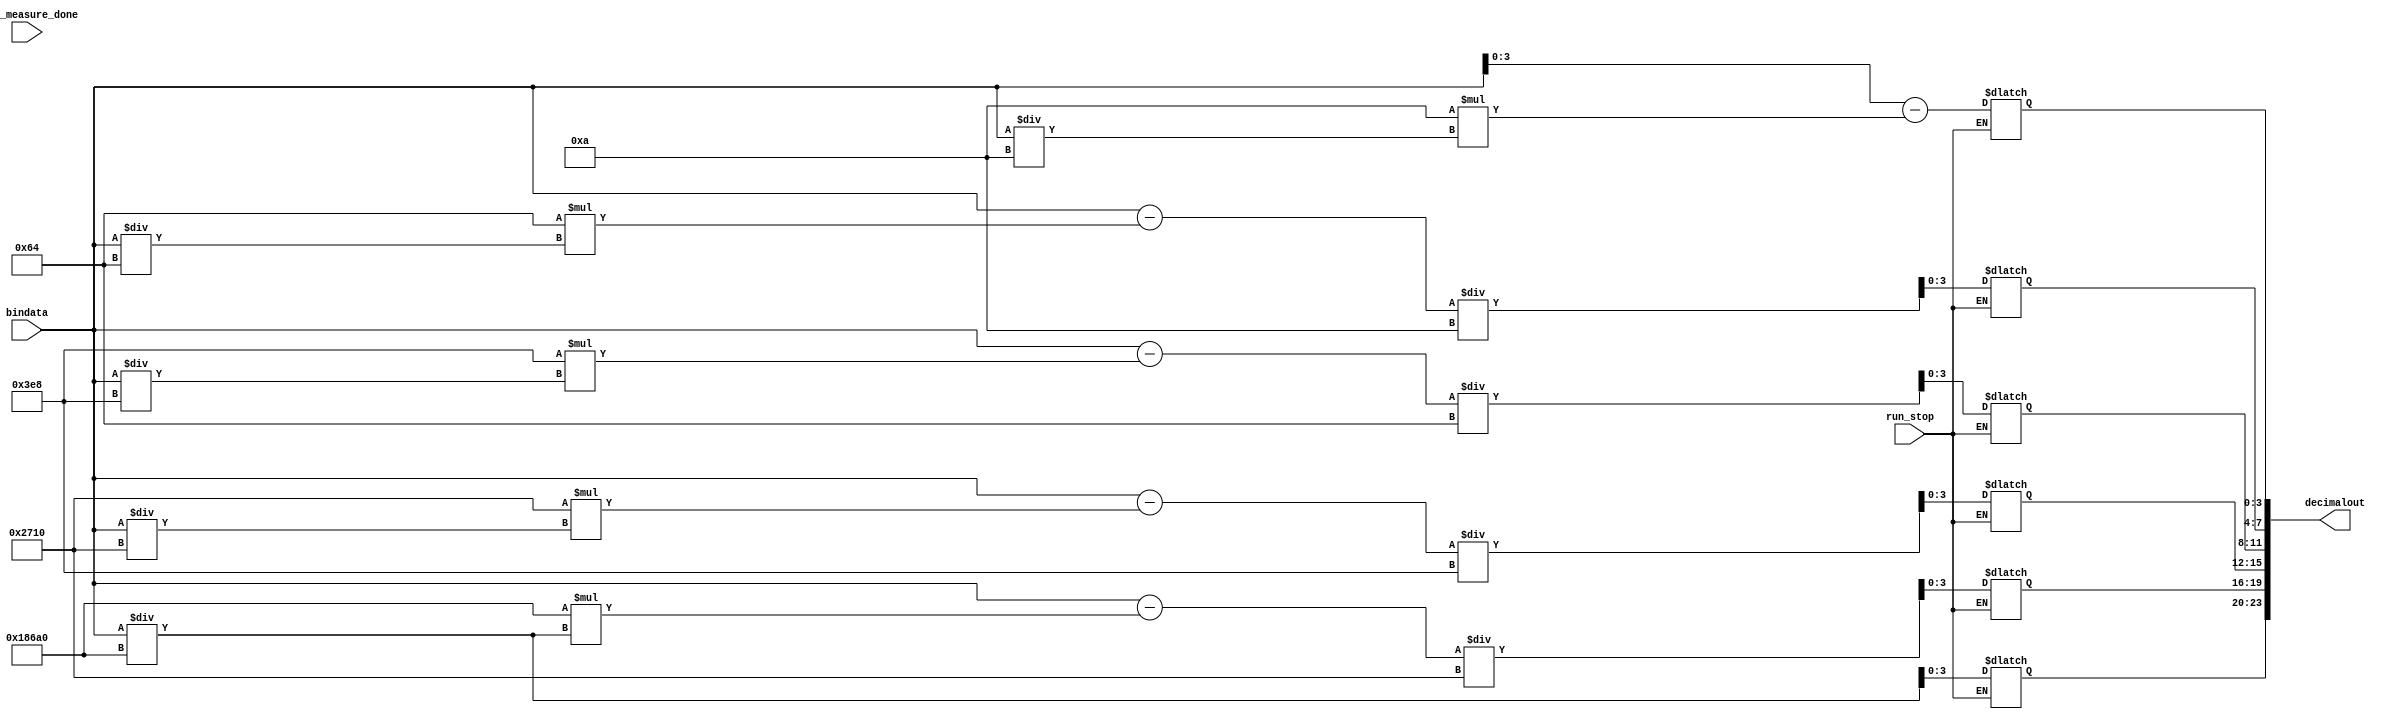
module Binary2Decimal(         
	input             wait_measure_done,
	input 		[31:0]bindata,           //12-bit ADC values
	input             run_stop,          //Run/Stop signal
	output wire  [23:0] decimalout
);
	reg [3:0]dig_5,dig_4,dig_3,dig_2,dig_1,dig_0;
	assign decimalout ={dig_0,dig_1,dig_2,dig_3,dig_4,dig_5};
	
always@ * begin
    if (run_stop)begin  //Stop the transmission and keep it
	 end
    else begin
	 
		//0~4096 scale to 0~4.096V
		dig_0 <=  bindata/100000;
      dig_1 <= (bindata-100000*( bindata/100000))/10000;
      dig_2 <= (bindata-10000*(bindata/10000))/1000;
		dig_3 <= (bindata-1000*(bindata/1000))/100;
		dig_4 <= (bindata-100*(bindata/100))/10;
		dig_5 <= (bindata-10*(bindata/10));
		
	end
end

endmodule